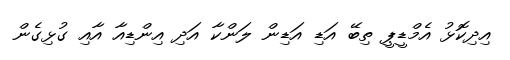
އިދިކޮޅު އެމްޑީޕީ ތިބޭ އަޑި އަޑިން ލަންކާ އަދި އިންޑިއާ އާއި ގުޅިގެން